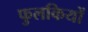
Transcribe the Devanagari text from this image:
फुलकियों